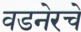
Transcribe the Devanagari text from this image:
वडनेरचे